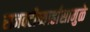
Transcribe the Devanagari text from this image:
राजवटीच्यार्हासामुळे